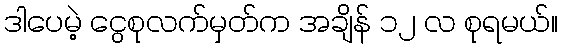
ဒါပေမဲ့ ငွေစုလက်မှတ်က အချိန် ၁၂ လ စုရမယ်။